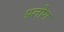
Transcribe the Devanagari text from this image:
प्रलोग